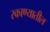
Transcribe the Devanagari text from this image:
रकाण्यातील